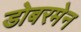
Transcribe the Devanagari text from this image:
डोबरमेन